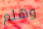
وهلم